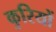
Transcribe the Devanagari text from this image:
कुरियों